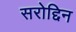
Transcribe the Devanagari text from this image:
सरोद्दिन